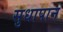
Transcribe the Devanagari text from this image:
सुधापान